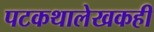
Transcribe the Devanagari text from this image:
पटकथालेखकही